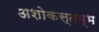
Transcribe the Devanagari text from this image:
अशोकस्तम्भ